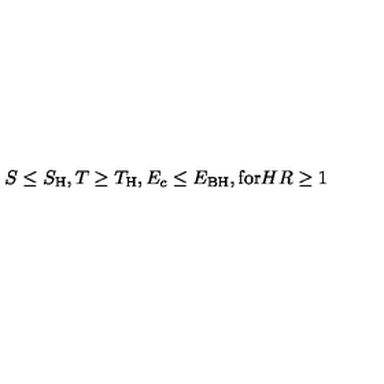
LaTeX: S \le S _ { \mathrm { H } } , T \ge T _ { \mathrm { H } } , E _ { c } \le E _ { \mathrm { B H } } , \mathrm { f o r } H R \ge 1